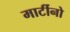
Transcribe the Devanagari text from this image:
मार्टीनो